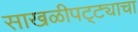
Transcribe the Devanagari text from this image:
साखळीपट्ट्याचा